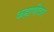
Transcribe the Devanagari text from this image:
कहाणीवर